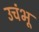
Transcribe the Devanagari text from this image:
उचंभू